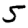
Digit: 5